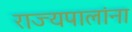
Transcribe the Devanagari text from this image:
राज्यपालांना